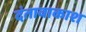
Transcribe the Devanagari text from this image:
दंतावाकाश